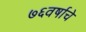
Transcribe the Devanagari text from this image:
७६वर्षाचे